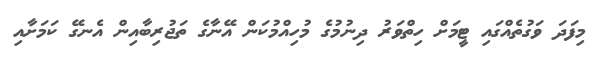
މިފަދަ ވަގުތެއްގައި ޓީމަށް ހިތްވަރު ދިނުމުގެ މުހިއްމުކަން އޭނާގެ ތަޖުރިބާއިން އެނގޭ ކަމަށާއި